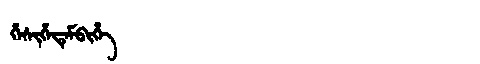
Manchu: ᡥᡝᠰᡳᡥᡝᡨᡝᠮᠪᡳᡥᡝ
Romanization: HESIHETEMBIHE